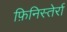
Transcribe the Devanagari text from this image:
फ़िनिस्तेर्रा